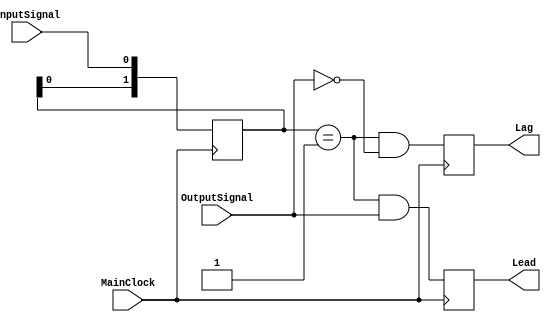

module phasecomparator(InputSignal, OutputSignal, MainClock, Lead, Lag);

input InputSignal, OutputSignal;    // PLL input(reference) and output(dejittered clock) signals
input MainClock;                    // System Clock
output Lead, Lag;                   // Lead and Lag signals

reg [1:0] InputSignalEdgeDet;       // detector of the rising edge
always @(posedge MainClock)
 begin
  InputSignalEdgeDet <= { InputSignalEdgeDet[0], InputSignal };
 end


/* this signal checked at rising edge of MainClock.       */
/* It's simple detector of the Input signal rising edge - */
/* When it detected then we check the level of the output.*/
/* There is possible to place additional 2 registers for  */
/* output signal for eliminatig  the cmp. constant phase error */
wire InputSignalEdge = (InputSignalEdgeDet == 2'b01);

/* "Lead" signal will be generate in case of output==1 during input rising edge*/
reg Lead, Lag;                   // outputs "Lead", "Lag" are registered
always @(posedge MainClock)
 begin                         
  Lag  <= ((InputSignalEdge == 1'b1)  && (OutputSignal == 1'b0));
  Lead <= ((InputSignalEdge == 1'b1)  && (OutputSignal == 1'b1));
 end

endmodule